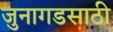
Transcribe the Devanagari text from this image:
जुनागडसाठी